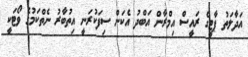
އަދާލަތު ޕާޓީގެ ރައީސް އިމްރާން އަބްދު އެކަން ސިފަކުރަނީ އިތުބާރު ނެތްކަމުގެ ވޯޓަކީ